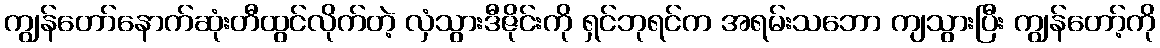
ကျွန်တော်နောက်ဆုံးတီထွင်လိုက်တဲ့ လှံသွားဒီဇိုင်းကို ရှင်ဘုရင်က အရမ်းသဘော ကျသွားပြီး ကျွန်တော့်ကို